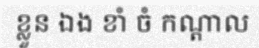
ខ្លួន ឯង ខាំ ចំ កណ្តាល